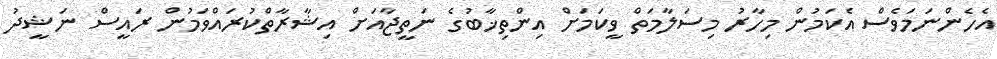
އެހެންނަމަވެސް އެކަމުން މިހާރު މިސަލާމަތް ވީކަމަށް އިންތިޚާބުގެ ނަތީޖާއަށް އިޝާރާތްކުރައްވަމުން ރައީސް ނަޝީދު